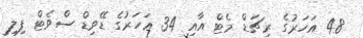
48 އަހަރުގެ ރިޗަޑް މެޓް އާއި 34 އަހަރުގެ ޑޭވިޑް ސްވެޓް ފިލި